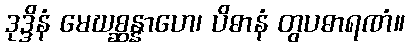
ဒုဒ္ဒိနံ မေဃစ္ဆန္နာဟေ၊ ပိဓာနံ တွပဓာရဏံ။